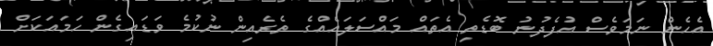
އެހެން ނަމަވެސް އުފެދުނު ބޮޑެތި އެތައް މައްސަލައެއްގެ ތެރެއިން ނުކުމެ ވަޑައިގެން ހަމައަކަށް